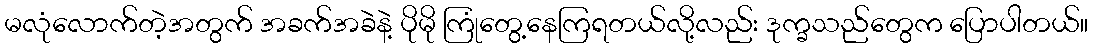
မလုံလောက်တဲ့အတွက် အခက်အခဲနဲ့ ပိုမို ကြုံတွေ့နေကြရတယ်လို့လည်း ဒုက္ခသည်တွေက ပြောပါတယ်။